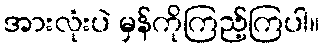
အားလုံးပဲ မှန်ကိုကြည့်ကြပါ။